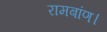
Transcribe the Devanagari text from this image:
रामबांण।